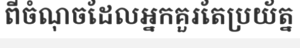
ពីចំណុចដែលអ្នកគួរតែប្រយ័ត្ន